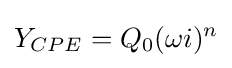
Y_{CPE}=Q_{0}(\omega i)^{n}